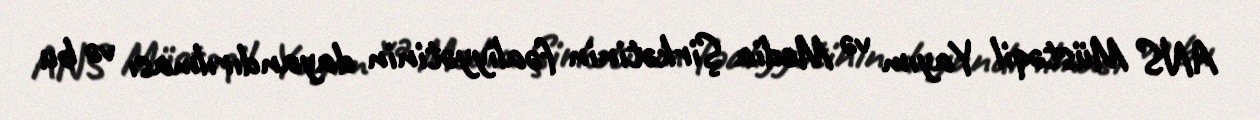
ANS Müstəqil Yayım və Media Şirkətinin fəaliyyətinin dayandırılması və bu